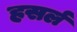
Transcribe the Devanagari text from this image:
हसर्ल